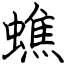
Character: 蟭